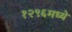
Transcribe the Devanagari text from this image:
१२९६मध्ये